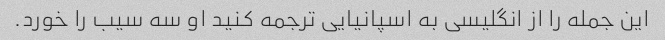
این جمله را از انگلیسی به اسپانیایی ترجمه کنید او سه سیب را خورد.